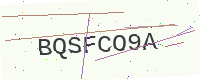
Text: BQSFCO9A